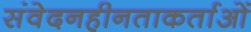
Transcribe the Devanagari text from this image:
संवेदनहीनताकर्ताओं